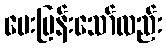
မေးမြန်းသော်လည်း